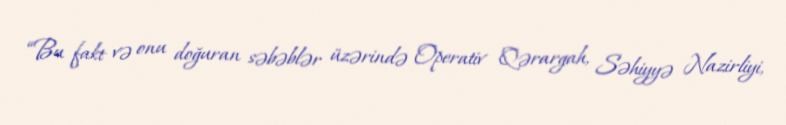
“Bu fakt və onu doğuran səbəblər üzərində Operativ Qərargah, Səhiyyə Nazirliyi,